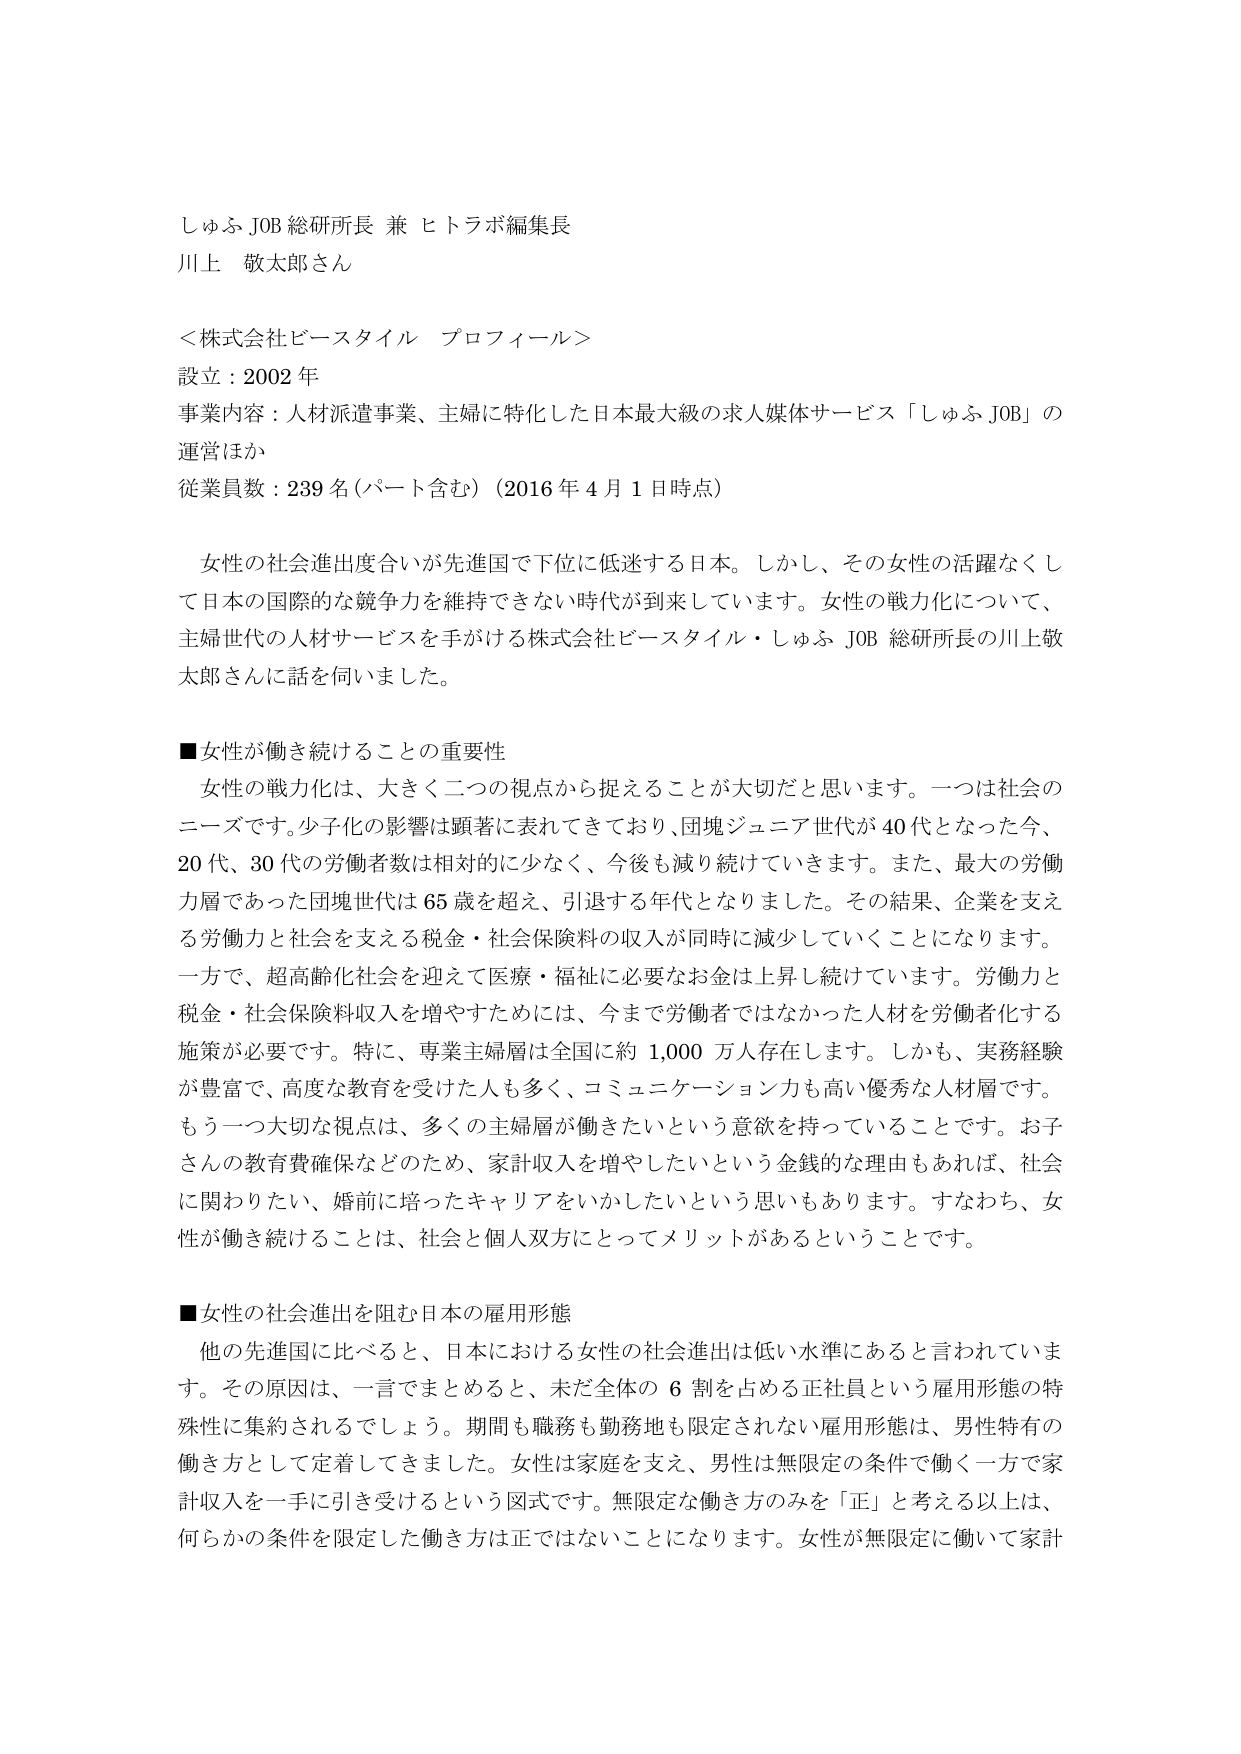
しゅふ JOB 総研所長 兼 ヒトラボ編集長
川上 敬太郎さん

＜株式会社ビースタイル プロフィール＞
設立：2002 年
事業内容：人材派遣事業、主婦に特化した日本最大級の求人媒体サービス「しゅふ JOB」の運営ほか
従業員数：239 名（パート含む）（2016 年 4 月 1 日時点）

　女性の社会進出度合いが先進国で下位に低迷する日本。しかし、その女性の活躍なくして日本の国際的な競争力を維持できない時代が到来しています。女性の戦力化について、主婦世代の人材サービスを手がける株式会社ビースタイル・しゅふ JOB 総研所長の川上敬太郎さんに話を伺いました。

■女性が働き続けることの重要性
　女性の戦力化は、大きく二つの視点から捉えることが大切だと思います。一つは社会のニーズです。少子化の影響は顕著に表れてきており、団塊ジュニア世代が 40 代となった今、20 代、30 代の労働者数は相対的に少なく、今後も減り続けていきます。また、最大の労働力層であった団塊世代は 65 歳を超え、引退する年代となりました。その結果、企業を支える労働力と社会を支える税金・社会保険料の収入が同時に減少していくことになります。
　一方で、超高齢化社会を迎えて医療・福祉に必要なお金は上昇し続けています。労働力と税金・社会保険料収入を増やすためには、今まで労働者ではなかった人材を労働者化する施策が必要です。特に、専業主婦層は全国に約 1,000 万人存在します。しかも、実務経験が豊富で、高度な教育を受けた人も多く、コミュニケーション力も高い優秀な人材層です。
　もう一つ大切な視点は、多くの主婦層が働きたいという意欲を持っていることです。お子さんの教育費確保などのため、家計収入を増やしたいという金銭的な理由もあれば、社会に関わりたい、婚前に培ったキャリアをいかしたいという思いもあります。すなわち、女性が働き続けることは、社会と個人双方にとってメリットがあるということです。

■女性の社会進出を阻む日本の雇用形態
　他の先進国に比べると、日本における女性の社会進出は低い水準にあると言われています。その原因は、一言でまとめると、未だ全体の 6 割を占める正社員という雇用形態の特殊性に集約されるでしょう。期間も職務も勤務地も限定されない雇用形態は、男性特有の働き方として定着してきました。女性は家庭を支え、男性は無限定の条件で働く一方で家計収入を一手に引き受けるという図式です。無限定な働き方のみを「正」と考える以上は、何らかの条件を限定した働き方は正ではないことになります。女性が無限定に働いて家計